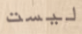
ليست